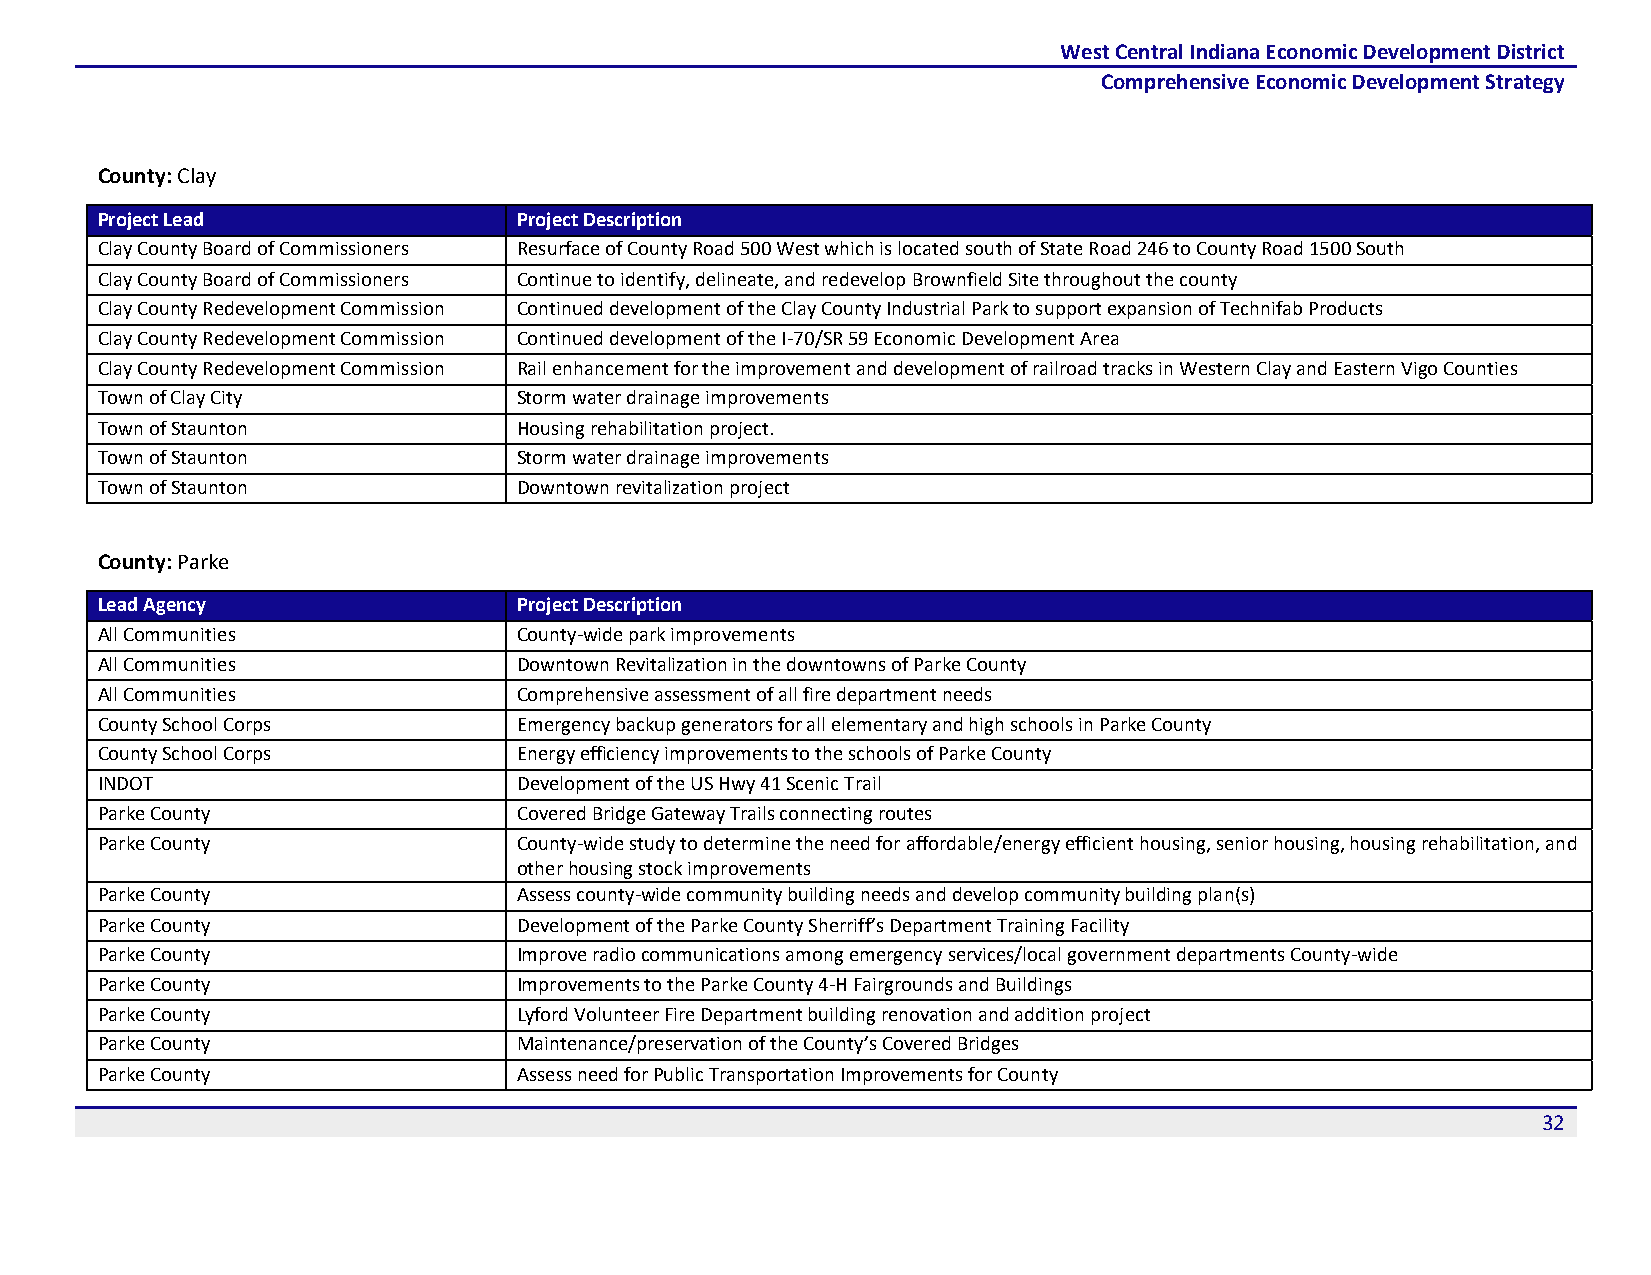
West Central Indiana Economic Development District
 Comprehensive Economic Development Strategy
 County: Clay
 Project Lead                Project Description
 Clay County Board of Commissioners Resurface of County Road 500 West which is located south of State Road 246 to County Road 1500 South
 Clay County Board of Commissioners Continue to identify, delineate, and redevelop Brownfield Site throughout the county
 Clay County Redevelopment Commission Continued development of the Clay County Industrial Park to support expansion of Technifab Products
 Clay County Redevelopment Commission Continued development of the I-70/SR 59 Economic Development Area
 Clay County Redevelopment Commission Rail enhancement for the improvement and development of railroad tracks in Western Clay and Eastern Vigo Counties
 Town of Clay City           Storm water drainage improvements
 Town of Staunton            Housing rehabilitation project.
 Town of Staunton            Storm water drainage improvements
 Town of Staunton            Downtown revitalization project
 County: Parke
 Lead Agency                 Project Description
 All Communities             County-wide park improvements
 All Communities             Downtown Revitalization in the downtowns of Parke County
 All Communities             Comprehensive assessment of all fire department needs
 County School Corps         Emergency backup generators for all elementary and high schools in Parke County
 County School Corps         Energy efficiency improvements to the schools of Parke County
 INDOT                       Development of the US Hwy 41 Scenic Trail
 Parke County                Covered Bridge Gateway Trails connecting routes
 Parke County                County-wide study to determine the need for affordable/energy efficient housing, senior housing, housing rehabilitation, and
 other housing stock improvements
 Parke County                Assess county-wide community building needs and develop community building plan(s)
 Parke County                Development of the Parke County Sherriff’s Department Training Facility
 Parke County                Improve radio communications among emergency services/local government departments County-wide
 Parke County                Improvements to the Parke County 4-H Fairgrounds and Buildings
 Parke County                Lyford Volunteer Fire Department building renovation and addition project
 Parke County                Maintenance/preservation of the County’s Covered Bridges
 Parke County                Assess need for Public Transportation Improvements for County
 32